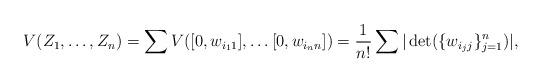
LaTeX: \begin{align*}V(Z_1, \dots, Z_n)=\sum V([0, w_{i_11}],\dots [0, w_{i_nn}])= \frac{1}{n!}\sum|\det(\{w_{i_jj}\}_{j=1}^n)|,\end{align*}